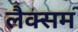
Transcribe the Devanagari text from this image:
लैक्सम